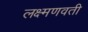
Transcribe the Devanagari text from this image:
लक्ष्मणवती